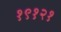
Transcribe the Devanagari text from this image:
१९१२१